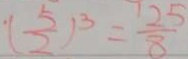
( \frac { 5 } { 2 } ) ^ { 3 } = \frac { 2 5 } { 8 }